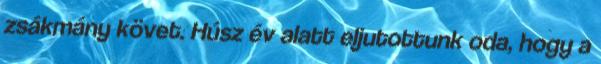
zsákmány követ. Húsz év alatt eljutottunk oda, hogy a